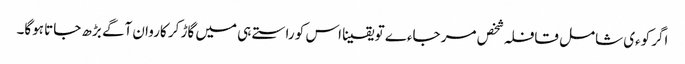
اگر کوءی شامل قافلہ شخص مر جاءے تو یقینا اس کو راستے ہی میں گاڑ کر کاروان آگے بڑھ جاتا ہوگا۔